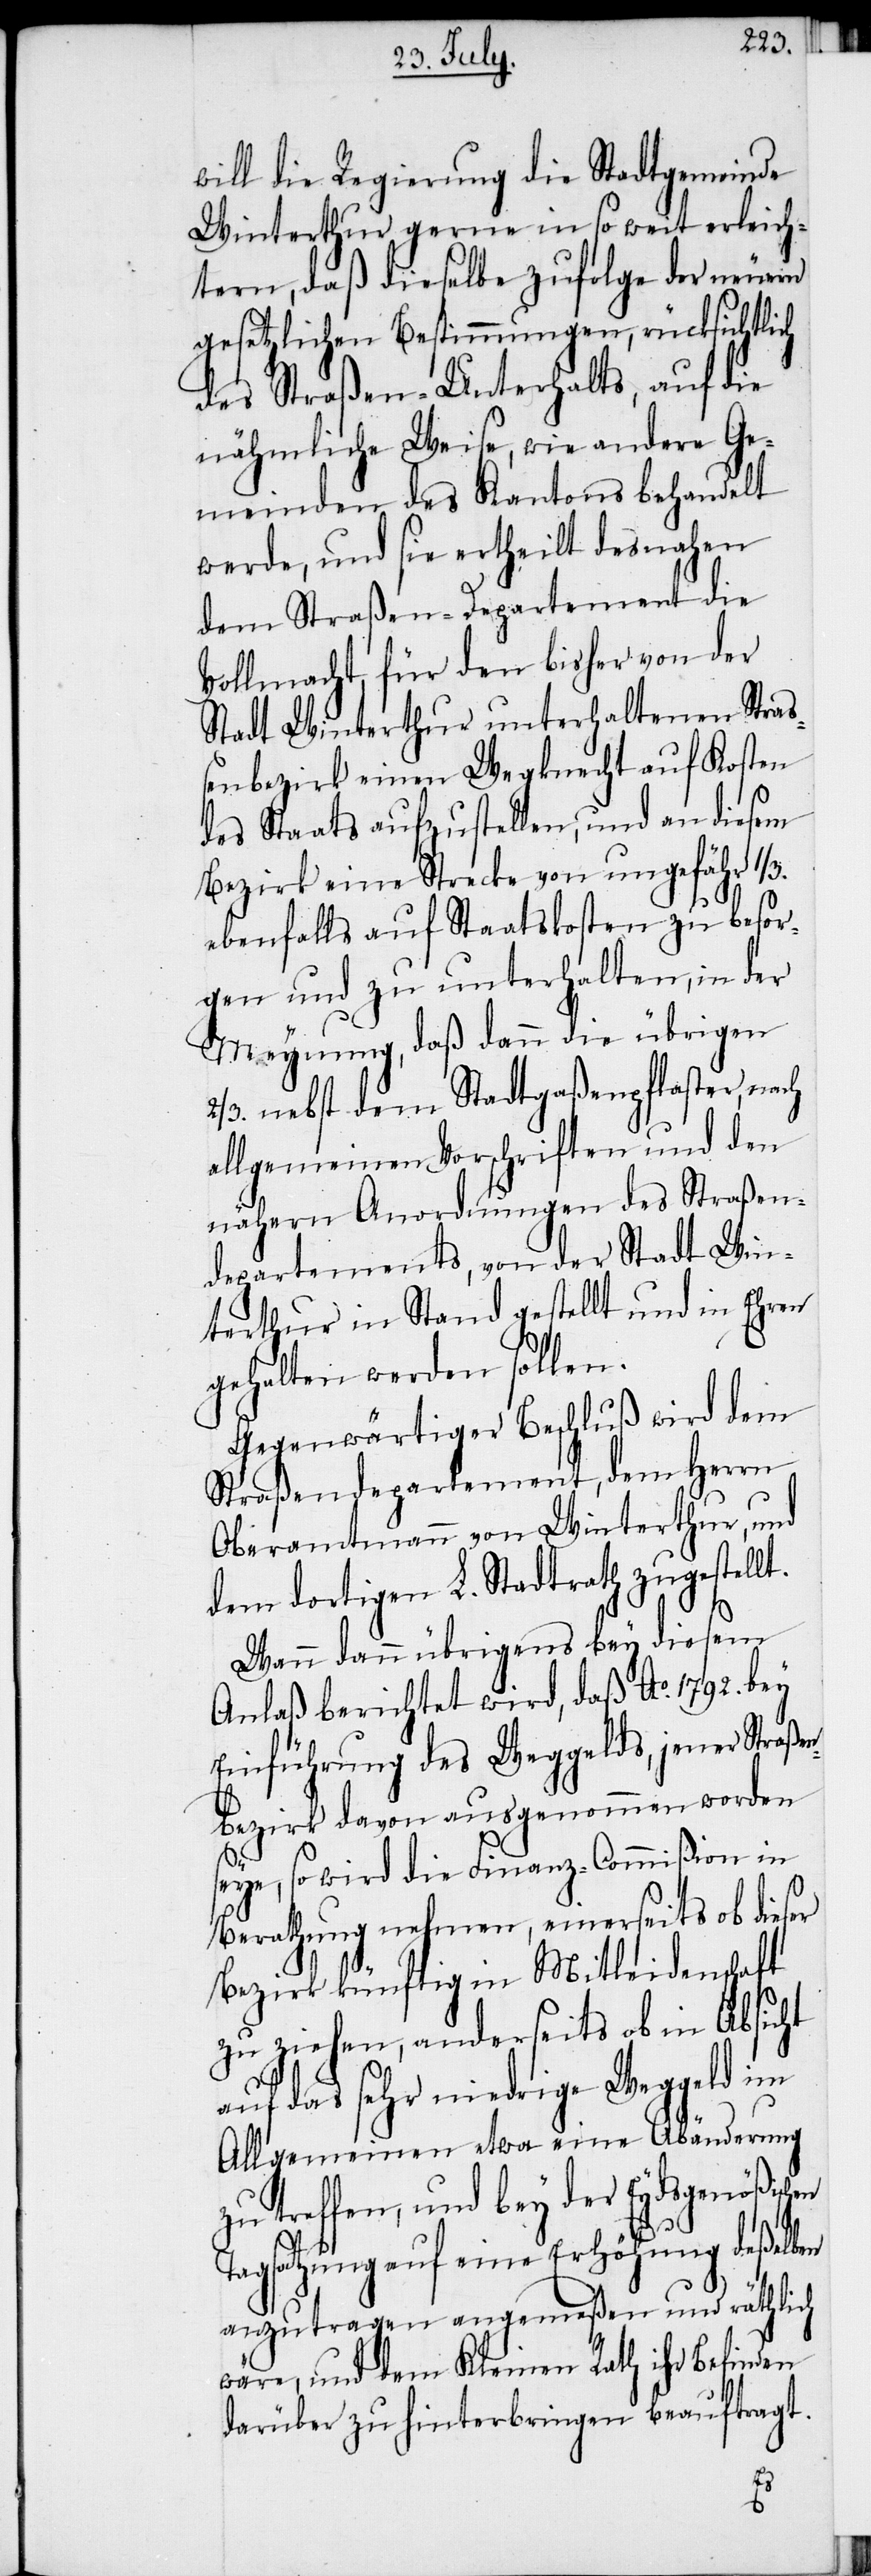
will die Regierung die Stadtgemeinde
Winterthur gerne in so weit erleich¬
tern, daß dieselbe zufolge der neuern
gesetzlichen Bestimmungen, rücksichtlich
des Straßen-Unterhalts, auf die
nähmliche Weise, wie andere Ge¬
meinden des Kantons behandelt
werde, und sie ertheilt desnahen
dem Straßen-Departement die
Vollmacht für den bisher von der
Stadt Winterthur unterhaltenen Stra¬
ßenbezirk einen Wegknecht auf Kosten
des Staats aufzustellen, und an diesem
Bezirk eine Strecke von ungefähr 1/3.
ebenfalls auf Staatskosten zu besor¬
gen und zu unterhalten, in der
Meynung, daß dann die übrigen
2/3. nebst dem Stadtgaßenpflaster, nach
allgemeinen Vorschriften und den
nähern Anordnungen des Straßen¬
departements, von der Stadt Win¬
terthur in Stand gestellt und in Ehren
gehalten werden sollen.
Gegenwärtiger Beschluß wird dem
Straßendepartement, dem Herrn
Oberamtmann von Winterthur, und
dem dortigen L. Stadtrath zugestellt.
Wann dann übrigens bey diesem
Anlaß berichtet wird, daß Ao. 1792. bey
Einführung des Weggelds, jener Straßen¬
bezirk davon ausgenommen worden
seye, so wird die Finanz-Commißion in
Berathung nehmen, einerseits ob dieser
Bezirk künftig in Mitleidenschaft
zu ziehen, anderseits ob in Absicht
auf das sehr niedrige Weggeld im
Allgemeinen etwa eine Abänderung
zu treffen, und bey der Eydsgenößischen
Tagsatzung auf eine Erhöhung deßelben
anzutragen angemeßen und räthlich
wäre, und dem Kleinen Rath ihr Befinden
darüber zu hinterbringen beauftragt.